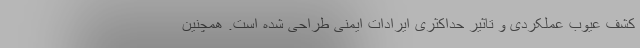
کشف عیوب عملکردی و تاثیر حداکثری ایرادات ایمنی طراحی شده است. همچنین